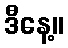
ဒီနေ့။